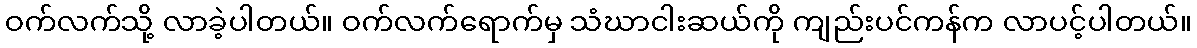
ဝက်လက်သို့ လာခဲ့ပါတယ်။ ဝက်လက်ရောက်မှ သံဃာငါးဆယ်ကို ကျည်းပင်ကန်က လာပင့်ပါတယ်။